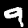
Digit: 9